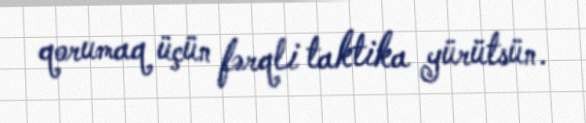
qorumaq üçün fərqli taktika yürütsün.